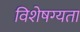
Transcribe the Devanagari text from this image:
विशेषग्यता